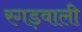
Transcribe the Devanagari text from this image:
रगड़वाली